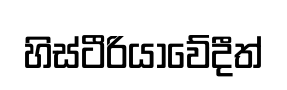
හිස්ටීරියාවේදීත්